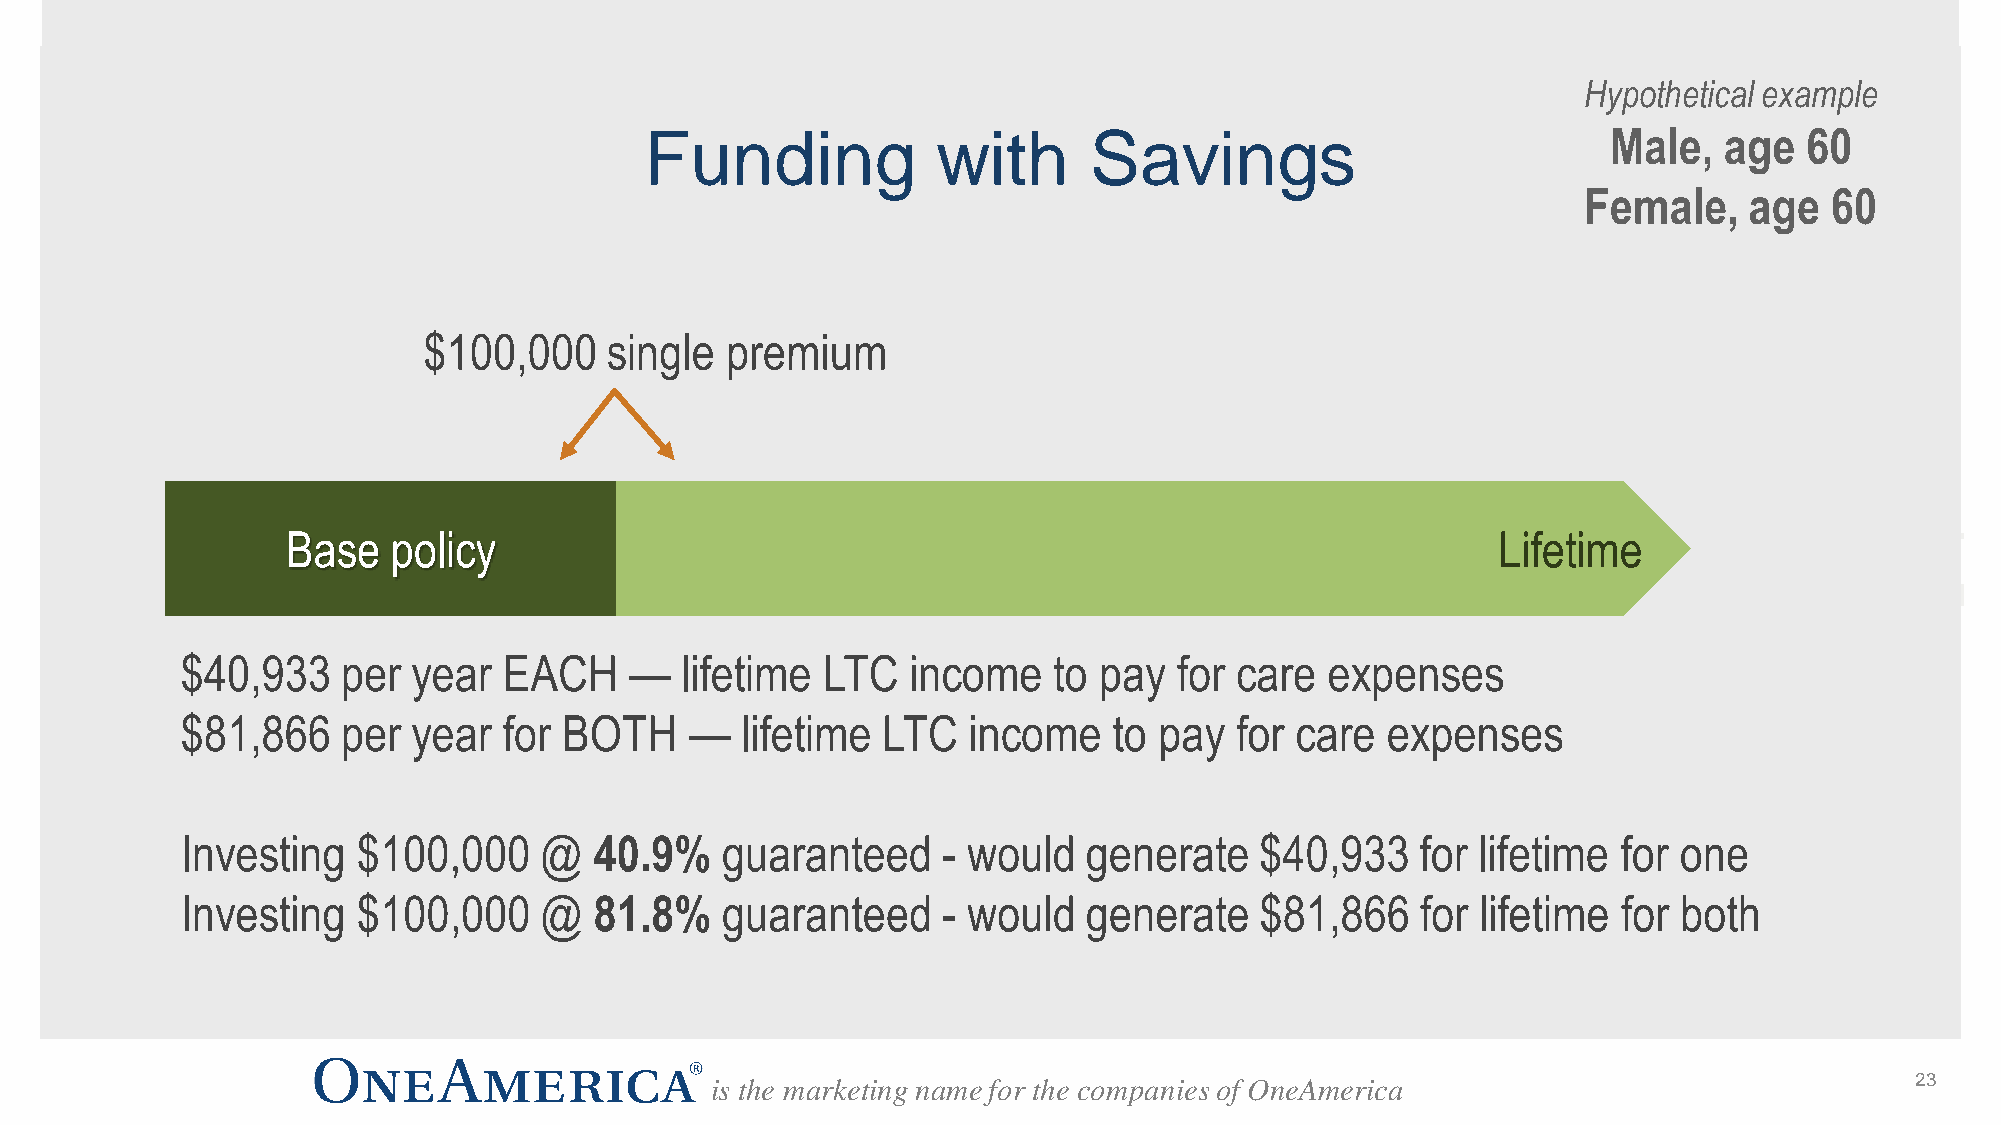
Hypothetical example
 Funding            with      Savings                            Male,  age   60
 Female,    age  60
 $100,000    single  premium
 Base   policy                                                                   Lifetime
 $40,933    per year  EACH     —  lifetime LTC   income    to pay  for care  expenses
 $81,866    per year  for BOTH     —  lifetime LTC   income    to pay  for care  expenses
 Investing   $100,000    @  40.9%    guaranteed    - would   generate   $40,933    for lifetime for one
 Investing   $100,000    @  81.8%    guaranteed    - would   generate   $81,866    for lifetime for both
 is the marketing name for the companies of OneAmerica                           23